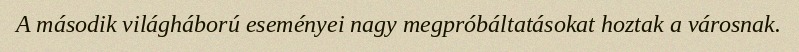
A második világháború eseményei nagy megpróbáltatásokat hoztak a városnak.